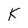
Character: K